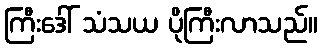
ကြီးဒေါ် သံသယ ပိုကြီးလာသည်။